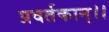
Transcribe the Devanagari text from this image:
प्रवर्तकान्।।